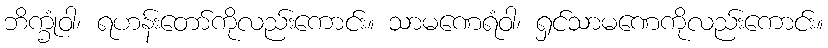
ဘိက္ခုံဝါ၊ ရဟန်းတော်ကိုလည်းကောင်း။ သာမဏေရံဝါ၊ ရှင်သာမဏေကိုလည်းကောင်း။